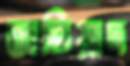
জভিয়াদ